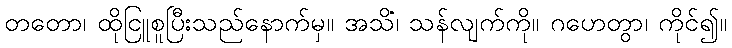
တတော၊ ထိုငြူစူပြီးသည်နောက်မှ။ အသိံ၊ သန်လျက်ကို။ ဂဟေတွာ၊ ကိုင်၍။